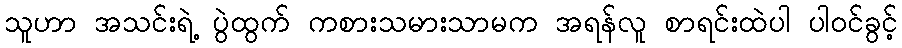
သူဟာ အသင်းရဲ့ ပွဲထွက် ကစားသမားသာမက အရန်လူ စာရင်းထဲပါ ပါဝင်ခွင့်